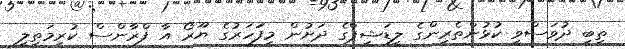
ތިބި ދުވަސްވީ ކުޅުންތެރިންގެ ލީޑަޝިޕްގެ ދަށުން މިފަަހަރުގެ ޔޫރޯ އާ ފްރާންސް ކުރިމަތިލީ